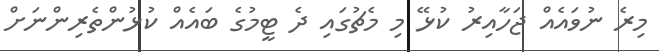
މިރެ ނުވައެއް ޖަހާއިރު ކުޅޭ މި މެޗުގައި ދެ ޓީމުގެ ބައެއް ކުޅުންތެރިންނަށް